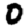
Digit: 0